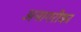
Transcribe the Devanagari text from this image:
अनागरीका